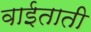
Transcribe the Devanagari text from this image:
वाईताती